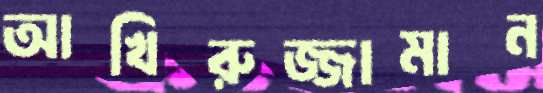
আখিরুজ্জামান